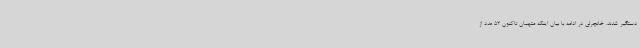
دستگیر شدند. خانچرلی در ادامه با بیان اینکه متهمان تاکنون 52 عدد از